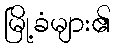
မြို့ခံများ၏